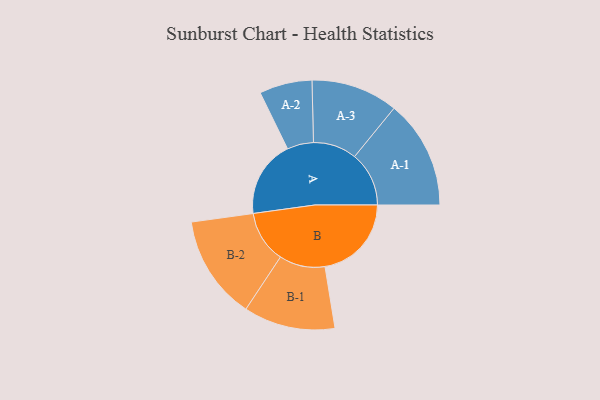
{"axis": {"x": "Segment", "y": "Value"}, "legend": ["", "A", "B"], "data": [{"x": "A", "y": 297, "type": ""}, {"x": "B", "y": 334, "type": ""}, {"x": "A-1", "y": 210, "type": "A"}, {"x": "A-2", "y": 102, "type": "A"}, {"x": "A-3", "y": 168, "type": "A"}, {"x": "B-1", "y": 177, "type": "B"}, {"x": "B-2", "y": 201, "type": "B"}]}